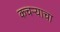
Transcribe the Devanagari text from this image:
कचऱ्याचा